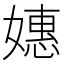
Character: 𫱮